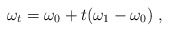
\begin{align*}\omega_{t}=\omega_{0}+t(\omega_{1}-\omega_{0})\;,\end{align*}